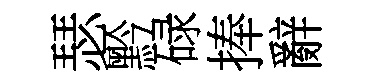
瑟黔碌捧辭